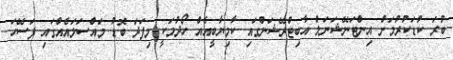
ބުރަ ކުޑަކުރުމަށް އިންޓަނޭޝަނަލް އާބިޓްރޭޝަންގައި ކާމިޔާބީއެއް ހޯދުމަކީ މިފަދަ ބޮޑު މައްސަލައެއްގައި ފަސޭހަ